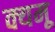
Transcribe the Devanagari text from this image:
क्यमू